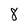
Character: 8